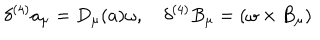
\delta ^ { ( 4 ) } a _ { \mu } = D _ { \mu } ( a ) \omega , \quad \delta ^ { ( 4 ) } B _ { \mu } = ( \omega \times B _ { \mu } )